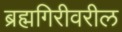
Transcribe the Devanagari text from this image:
ब्रह्मगिरीवरील